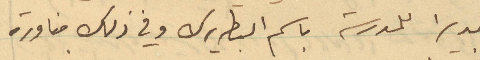
مديرًا للمدرسة باسم البطريرك وفي ذلك مناورة